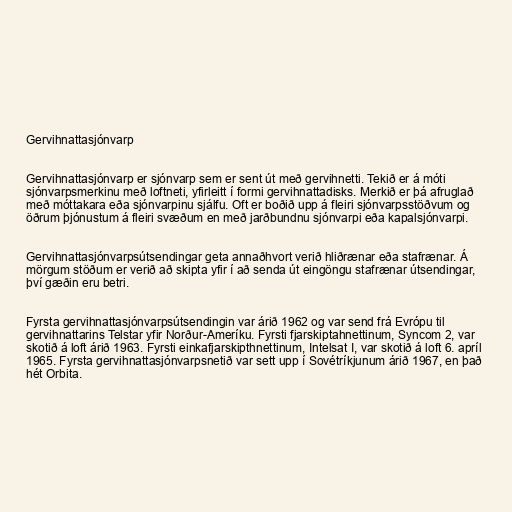
Gervihnattasjónvarp

Gervihnattasjónvarp er sjónvarp sem er sent út með gervihnetti. Tekið er á móti
sjónvarpsmerkinu með loftneti, yfirleitt í formi gervihnattadisks. Merkið er þá afruglað
með móttakara eða sjónvarpinu sjálfu. Oft er boðið upp á fleiri sjónvarpsstöðvum og
öðrum þjónustum á fleiri svæðum en með jarðbundnu sjónvarpi eða kapalsjónvarpi.

Gervihnattasjónvarpsútsendingar geta annaðhvort verið hliðrænar eða stafrænar. Á
mörgum stöðum er verið að skipta yfir í að senda út eingöngu stafrænar útsendingar,
því gæðin eru betri.

Fyrsta gervihnattasjónvarpsútsendingin var árið 1962 og var send frá Evrópu til
gervihnattarins Telstar yfir Norður-Ameríku. Fyrsti fjarskiptahnettinum, Syncom 2, var
skotið á loft árið 1963. Fyrsti einkafjarskipthnettinum, Intelsat I, var skotið á loft 6. apríl
1965. Fyrsta gervihnattasjónvarpsnetið var sett upp í Sovétríkjunum árið 1967, en það
hét Orbita.